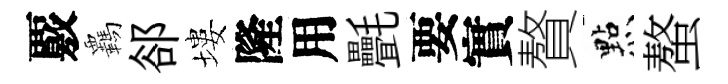
覈覊郤塿隆用㲲要實贅㸃螯